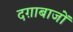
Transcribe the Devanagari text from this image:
दग़ाबाजों